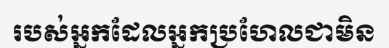
របស់អ្នកដែលអ្នកប្រហែលជាមិន